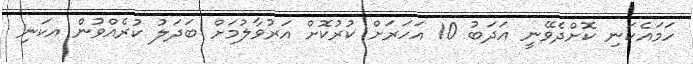
ހަމައެކަނި ކޮށްދެވޭނީ އަދަބު 10 އަހަރަށް ކުރުކޮށް އަރުވާލުމަށް ބަދަލު ކުރެއްވުން އކަނި